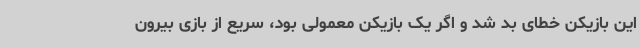
این بازیکن خطای بد شد و اگر یک بازیکن معمولی بود، سریع از بازی بیرون